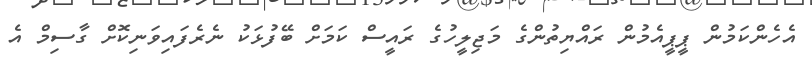
އެހެންކަމުން ޕީޕީއެމުން ރައްޔިތުންގެ މަޖިލީހުގެ ރައީސް ކަމަށް ބޭފުޅަކު ނެރެފައިވަނިކޮށް ގާސިމް އެ